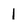
Character: 1